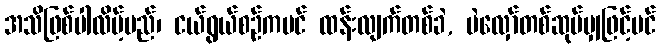
အသိဖြစ်ပါလိမ့်မည်၊ ငယ်ရွယ်စဉ်ကပင် ထန်းလျက်တစ်ခဲ, ပဲလှော်တစ်ဆုပ်မျှဖြင့်ပင်